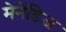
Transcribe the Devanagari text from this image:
मेनेंडिज